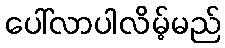
ပေါ်လာပါလိမ့်မည်